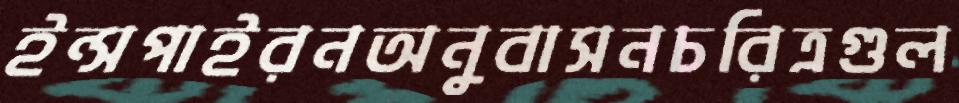
ইন্সপাইরনঅনুবাসনচরিত্রগুল